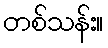
တစ်သန်း။